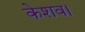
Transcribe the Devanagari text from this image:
केशव।